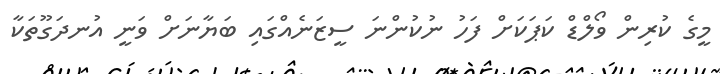
މީގެ ކުރިން ވޯލްޑް ކަޕަކަށް ފަހު ނުކުންނަ ސީޒަނެއްގައި ބަޔާނަށް ވަނީ އުނދަގޫތަކާ